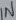
Text: IN